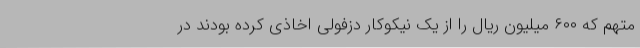
متهم که ۶۰۰ میلیون ریال را از یک نیکوکار دزفولی اخاذی کرده بودند در